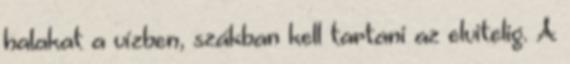
halakat a vízben, szákban kell tartani az elvitelig. A